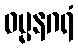
ဓမ္မနဂရံ